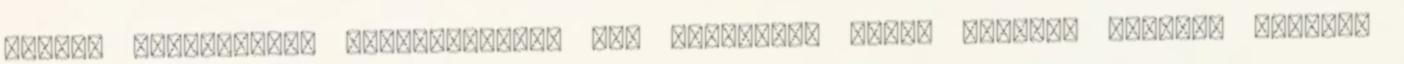
illető egyik-másik lelkisajátja. Pl. pénzsóvár lehet érdekei szerint felfele